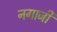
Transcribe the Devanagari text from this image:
नगाजी